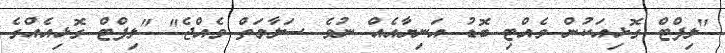
"ލިފްޓް ގޮޅިއަކުން ވެއްޓި ބޮޑު އަނިޔާއެއް ނުވެ ސަލާމަތް ވެއްޖެ" "ލިފްޓް ގޮޅިއެއްގެ